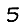
Digit: 5